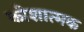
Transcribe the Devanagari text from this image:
कोशात्मक